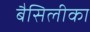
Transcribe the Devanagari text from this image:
बैसिलीका